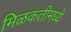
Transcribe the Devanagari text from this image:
मिळकतीमध्ये